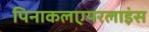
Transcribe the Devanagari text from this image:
पिनाकलएयरलाइंस